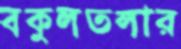
বকুলতলার